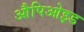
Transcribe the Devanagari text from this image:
औपिओइड